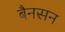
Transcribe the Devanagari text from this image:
बैनसन